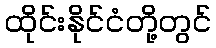
ထိုင်းနိုင်ငံတို့တွင်